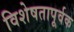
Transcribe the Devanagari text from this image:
विशेषतापूर्वक